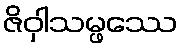
ဇိဝှါသမ္ဖဿေ